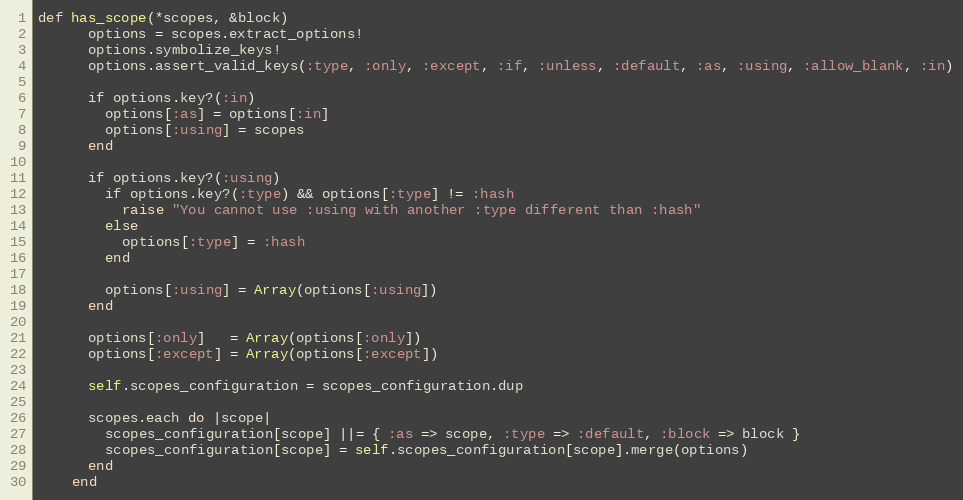
Language: Ruby
def has_scope(*scopes, &block)
      options = scopes.extract_options!
      options.symbolize_keys!
      options.assert_valid_keys(:type, :only, :except, :if, :unless, :default, :as, :using, :allow_blank, :in)

      if options.key?(:in)
        options[:as] = options[:in]
        options[:using] = scopes
      end

      if options.key?(:using)
        if options.key?(:type) && options[:type] != :hash
          raise "You cannot use :using with another :type different than :hash"
        else
          options[:type] = :hash
        end

        options[:using] = Array(options[:using])
      end

      options[:only]   = Array(options[:only])
      options[:except] = Array(options[:except])

      self.scopes_configuration = scopes_configuration.dup

      scopes.each do |scope|
        scopes_configuration[scope] ||= { :as => scope, :type => :default, :block => block }
        scopes_configuration[scope] = self.scopes_configuration[scope].merge(options)
      end
    end